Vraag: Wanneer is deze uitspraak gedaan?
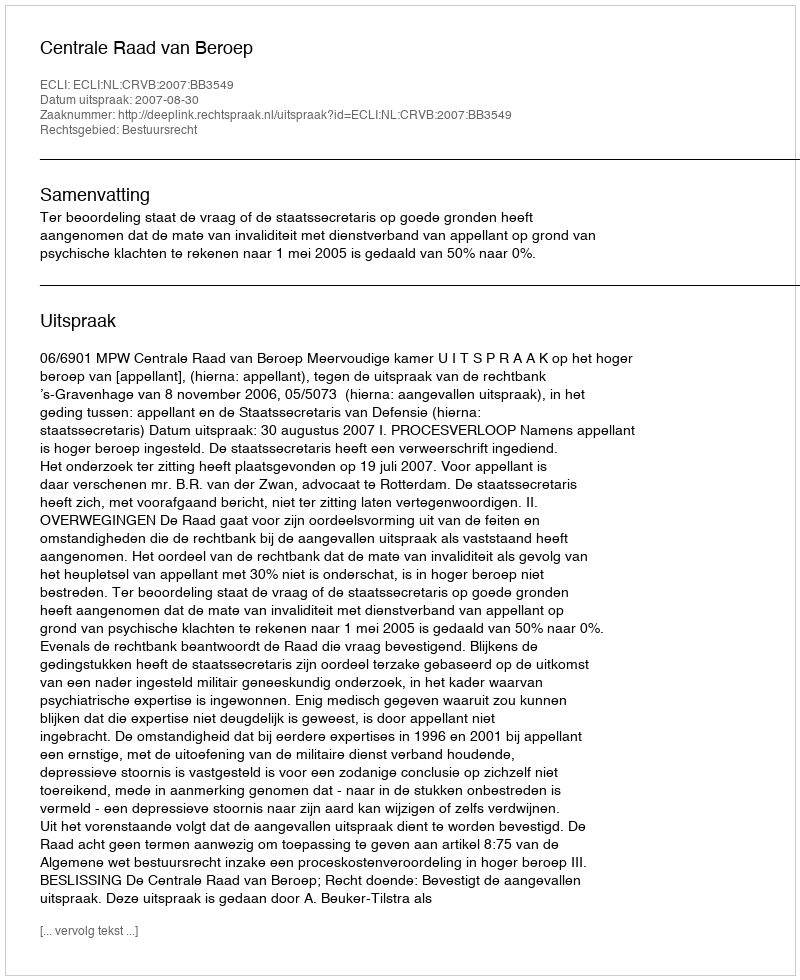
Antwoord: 2007-08-30